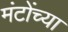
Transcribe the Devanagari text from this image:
मंटोंच्या